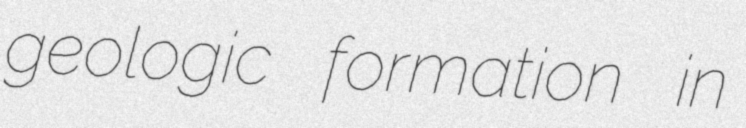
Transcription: geologic formation in